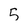
Character: 5